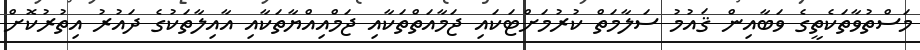
މަސްތުވާތަކެތީގެ ވަބާއިން ޤައުމު ސަލާމަތް ކުރުމަށްޓަކައި ޖަމާއަތްތަކާއި ޖަމްއިއްޔާތަކާއި އާއިލާތަކުގެ ދައުރު އިތުރުކޮށް